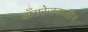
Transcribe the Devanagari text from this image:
अँगरेजकालीन